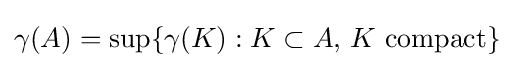
\gamma (A)=\sup\{\gamma (K):K\subset A,\,K{\text{ compact}}\}